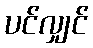
ပင်လျှင်